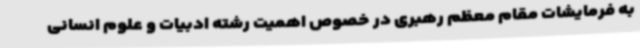
به فرمایشات مقام معظم رهبری در خصوص اهمیت رشته ادبیات و علوم انسانی